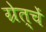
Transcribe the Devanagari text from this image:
ग्रेत्चें